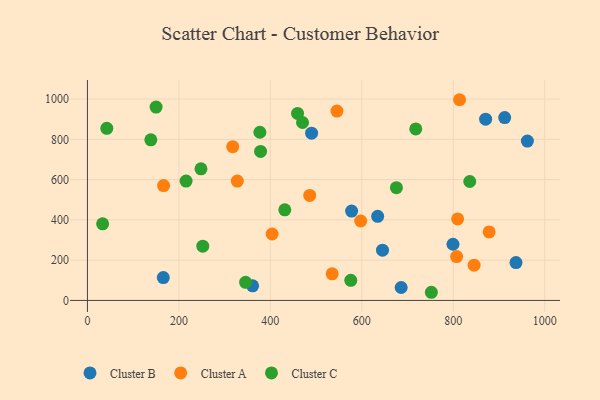
{"axis": {"x": "Experience", "y": "Rating"}, "legend": ["Cluster A", "Cluster B", "Cluster C"], "data": [{"x": "912.5", "y": 907.9, "type": "Cluster B"}, {"x": "686.1", "y": 64.1, "type": "Cluster B"}, {"x": "165.9", "y": 113.4, "type": "Cluster B"}, {"x": "937.2", "y": 188.1, "type": "Cluster B"}, {"x": "577.7", "y": 443.7, "type": "Cluster B"}, {"x": "634.7", "y": 417.5, "type": "Cluster B"}, {"x": "870.8", "y": 899.8, "type": "Cluster B"}, {"x": "645.3", "y": 249.4, "type": "Cluster B"}, {"x": "490.2", "y": 830.3, "type": "Cluster B"}, {"x": "361.2", "y": 72.3, "type": "Cluster B"}, {"x": "799.4", "y": 279.0, "type": "Cluster B"}, {"x": "962.1", "y": 791.0, "type": "Cluster B"}, {"x": "403.9", "y": 329.8, "type": "Cluster A"}, {"x": "545.6", "y": 940.1, "type": "Cluster A"}, {"x": "845.6", "y": 175.0, "type": "Cluster A"}, {"x": "317.7", "y": 763.3, "type": "Cluster A"}, {"x": "597.6", "y": 394.4, "type": "Cluster A"}, {"x": "813.8", "y": 996.5, "type": "Cluster A"}, {"x": "535.2", "y": 132.2, "type": "Cluster A"}, {"x": "166.5", "y": 570.4, "type": "Cluster A"}, {"x": "807.4", "y": 217.8, "type": "Cluster A"}, {"x": "878.5", "y": 340.1, "type": "Cluster A"}, {"x": "327.7", "y": 592.8, "type": "Cluster A"}, {"x": "486.1", "y": 521.5, "type": "Cluster A"}, {"x": "809.6", "y": 404.9, "type": "Cluster A"}, {"x": "215.7", "y": 592.7, "type": "Cluster C"}, {"x": "377.1", "y": 834.9, "type": "Cluster C"}, {"x": "138.6", "y": 797.5, "type": "Cluster C"}, {"x": "575.9", "y": 99.8, "type": "Cluster C"}, {"x": "248.3", "y": 653.6, "type": "Cluster C"}, {"x": "33.2", "y": 380.4, "type": "Cluster C"}, {"x": "470.4", "y": 883.5, "type": "Cluster C"}, {"x": "459.5", "y": 928.5, "type": "Cluster C"}, {"x": "150.1", "y": 959.9, "type": "Cluster C"}, {"x": "345.9", "y": 90.1, "type": "Cluster C"}, {"x": "378.6", "y": 739.8, "type": "Cluster C"}, {"x": "718.0", "y": 851.5, "type": "Cluster C"}, {"x": "42.3", "y": 854.6, "type": "Cluster C"}, {"x": "836.1", "y": 590.5, "type": "Cluster C"}, {"x": "675.7", "y": 559.6, "type": "Cluster C"}, {"x": "252.2", "y": 269.6, "type": "Cluster C"}, {"x": "431.6", "y": 449.7, "type": "Cluster C"}, {"x": "752.1", "y": 40.5, "type": "Cluster C"}]}